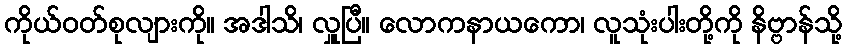
ကိုယ်ဝတ်စုလျားကို။ အဒါသိ၊ လှူပြီ။ လောကနာယကော၊ လူသုံးပါးတို့ကို နိဗ္ဗာန်သို့